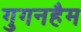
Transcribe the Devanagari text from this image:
गुगनहैम